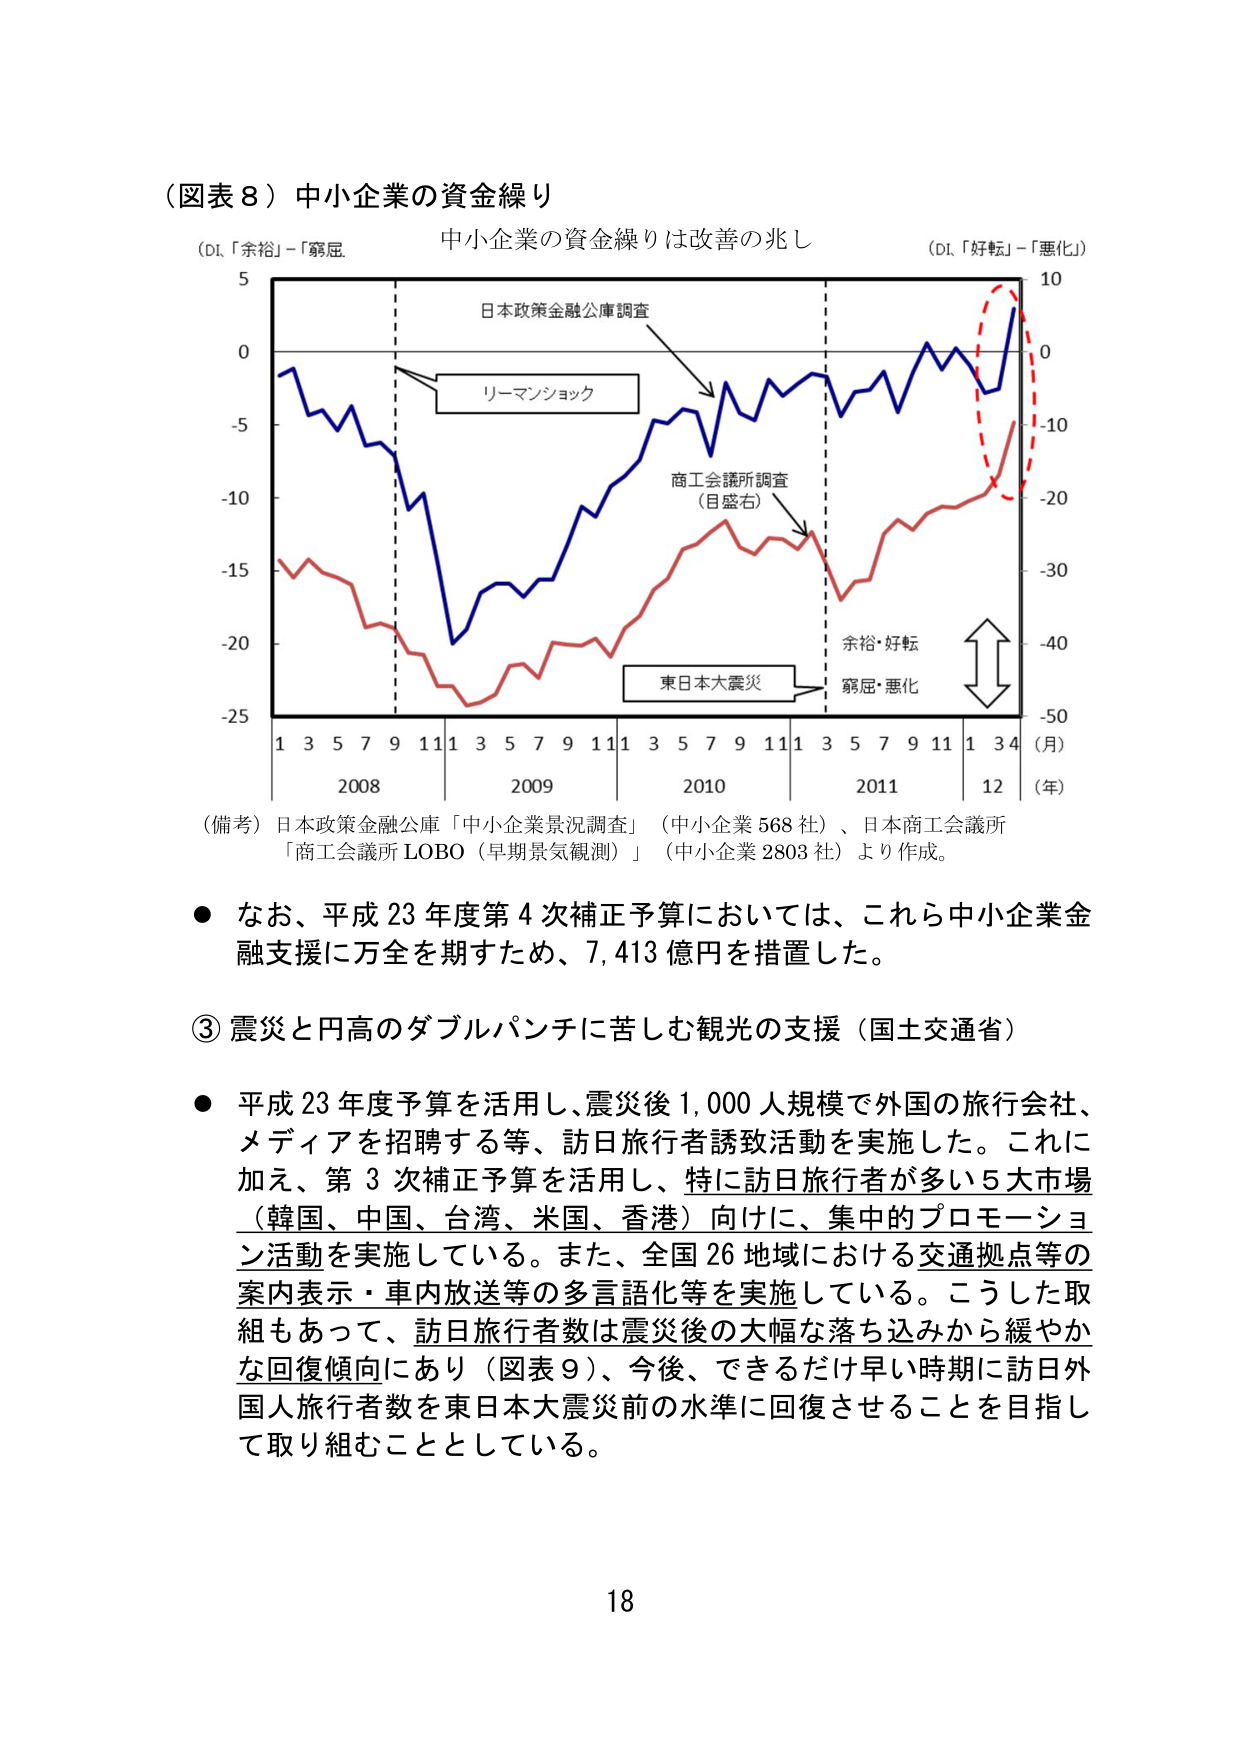
（図表８）中小企業の資金繰り

中小企業の資金繰りは改善の兆し

（DI.「余裕」－「窮屈」）

5
0
-5
-10
-15
-20
-25

日本政策金融公庫調査
リーマンショック
商工会議所調査
（目盛右）
東日本大震災

余裕・好転
窮屈・悪化

（DI.「好転」－「悪化」）

10
0
-10
-20
-30
-40
-50

1 3 5 7 9 11 1 3 5 7 9 11 1 3 5 7 9 11 1 3 4
（月）
2008 2009 2010 2011 12
（年）

（備考）日本政策金融公庫「中小企業景況調査」（中小企業 568 社）、日本商工会議所
「商工会議所 LOBO（早期景気観測）」（中小企業 2803 社）より作成。

● なお、平成 23 年度第 4 次補正予算においては、これら中小企業金融支援に万全を期すため、7,413 億円を措置した。

③ 震災と円高のダブルパンチに苦しむ観光の支援（国土交通省）

● 平成 23 年度予算を活用し、震災後 1,000 人規模で外国の旅行会社、
メディアを招聘する等、訪日旅行者誘致活動を実施した。これに
加え、第 3 次補正予算を活用し、特に訪日旅行者が多い 5 大市場
（韓国、中国、台湾、米国、香港）向けに、集中的プロモーション活動を実施している。また、全国 26 地域における交通拠点等の
案内表示・車内放送等の多言語化等を実施している。こうした取
組もあって、訪日旅行者数は震災後の大幅な落ち込みから緩やか
な回復傾向にあり（図表 9）、今後、できるだけ早い時期に訪日外国人旅行者数を東日本大震災前の水準に回復させることを目指し
て取り組むこととしている。

18